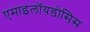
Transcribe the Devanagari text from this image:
एमाइलॉयडोसिस